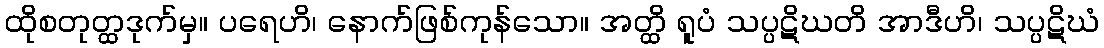
ထိုစတုတ္ထဒုက်မှ။ ပရေဟိ၊ နောက်ဖြစ်ကုန်သော။ အတ္ထိ ရူပံ သပ္ပဋိဃတိ အာဒီဟိ၊ သပ္ပဋိဃံ